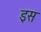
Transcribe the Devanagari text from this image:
इस